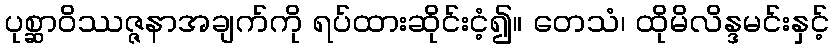
ပုစ္ဆာဝိဿဇ္ဇနာအချက်ကို ရပ်ထားဆိုင်းငံ့၍။ တေသံ၊ ထိုမိလိန္ဒမင်းနှင့်